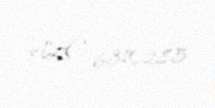
AZE 6310285